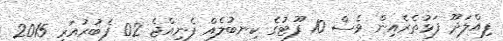
ފިއްލަދޫ ފަޅުތެރެއިން ވެސް 10 ފޫޓުގެ ކިނބުލެއް ފެނިއްޖެ 02 ފެބުރުއަރީ 2015